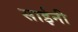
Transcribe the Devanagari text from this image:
साईनी